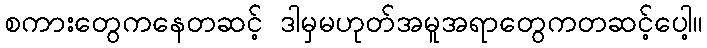
စကားတွေကနေတဆင့် ဒါမှမဟုတ်အမူအရာတွေကတဆင့်ပေါ့။